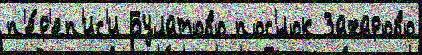
п'е́р'еп'ис'и Булатово пос'́лок Захарово